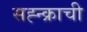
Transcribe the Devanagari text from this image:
सह्न्क्राची